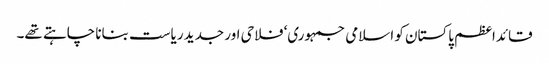
قائداعظم پاکستان کو اسلامی جمہوری‘ فلاحی اور جدید ریاست بنانا چاہتے تھے۔